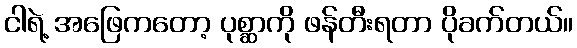
ငါရဲ့ အဖြေကတော့ ပုစ္ဆာကို ဖန်တီးရတာ ပိုခက်တယ်။